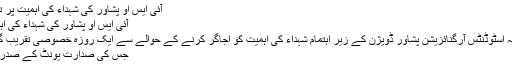
آئی ایس او پشاور کی شہداء کی اہمیت پر تقریب | Pak Study
آئی ایس او پشاور کی شہداء کی اہمیت پر تقریب View
پشاور: 13 مئی: امامیہ اسٹوڈنٹس آرگنائزیشن پشاور ڈویژن کے زیر اہتمام شہداء کی اہمیت کو اجاگر کرنے کے حوالے سے ایک روزہ خصوصی تقریب گزشتہ روز منعقد ہوئی
جس کی صدارت یونٹ کے صدر عمران حسین نے کی۔